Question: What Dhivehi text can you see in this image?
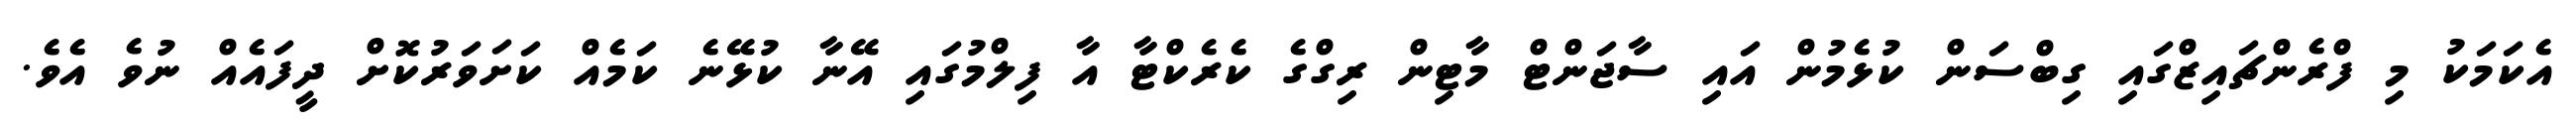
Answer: އެކަމަކު މި ފްރެންޗައިޒްގައި ގިބްސަން ކުޅެމުން އައި ސާޖަންޓް މާޓިން ރިގްގެ ކެރެކްޓާ އާ ފިލްމުގައި އޭނާ ކުޅޭނެ ކަމެއް ކަށަވަރުކޮށް ދީފައެއް ނުވެ އެވެ.